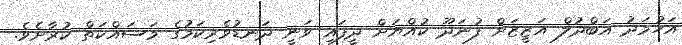
އަހުމަދު އަބްދުލް އަޒީޒަށް ފުނަދޫ ކުއްޔަށް ދީފައި ވަނީ ދަނޑުވެރިކަމުގެ މަސައްކަތް ކުރާށެވެ.